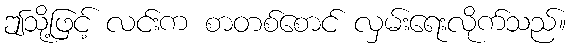
ဤသို့ဖြင့် လင်းက စာတစ်စောင် လှမ်းရေးလိုက်သည်။